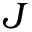
\boldsymbol { J }